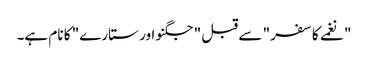
"نغمے کا سفر" سے قبل "جگنو اور ستارے" کا نام ہے۔